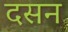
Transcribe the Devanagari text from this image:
दसन